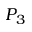
P _ { 3 }